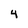
Character: 4